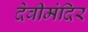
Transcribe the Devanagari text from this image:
देवीमंदिर